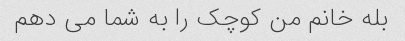
بله خانم من کوچک را به شما می دهم